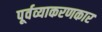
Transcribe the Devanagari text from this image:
पूर्वव्याकरणकार